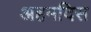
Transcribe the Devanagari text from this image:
अहमदिस